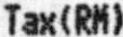
TAX(RM)